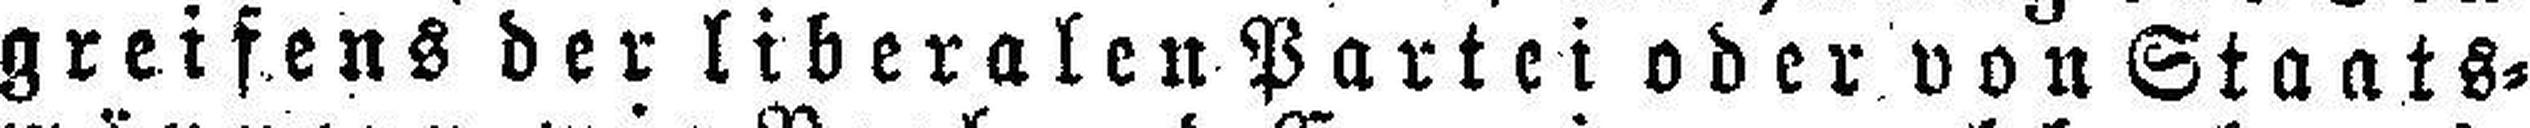
greifens der liberalen Partei oder vou Staats¬